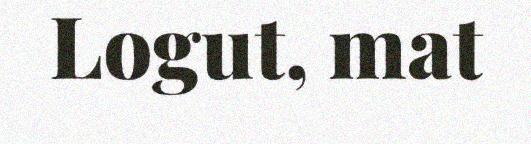
Logut, mat